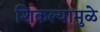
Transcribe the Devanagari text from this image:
शिकल्यामुळे